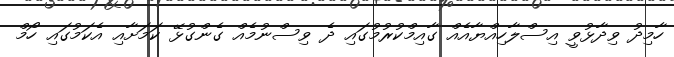
ހާމިދު ވިދާޅުވީ އިސްލާހިއްޔާއެއް ގާއިމްކުރުމުގައި ދެ ވިސްނުމެއް ގެންގުޅޭ ކަމަށާއި އެކަމުގައި ހޯމް